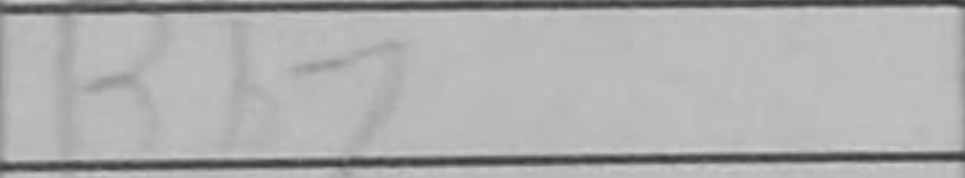
Transcription: Bb7